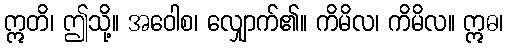
ဣတိ၊ ဤသို့။ အဝေါစ၊ လျှောက်၏။ ကိမိလ၊ ကိမိလ။ ဣဓ၊